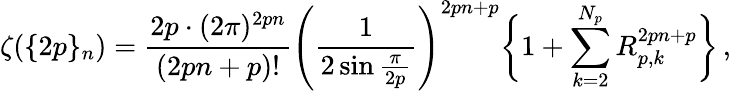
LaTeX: \zeta(\{ 2p\} _{n})=\frac{2p\cdot(2\pi)^{2pn}}{(2pn+p)!}\left(\frac{1}{2\sin\frac{\pi}{2p}}\right)^{2pn+p}\bigg\{ 1+\sum_{k=2}^{N_{p}}R_{p,k}^{2pn+p}\bigg\} \, ,